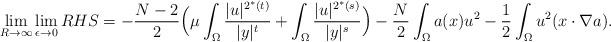
LaTeX: \begin{align*}\lim\limits_{R\rightarrow \infty}\lim\limits_{\epsilon\rightarrow 0}RHS=-\frac{N-2}{2}\Big(\mu \int_{\Omega}\frac{|u|^{2^{*}(t)}}{|y|^{t}}+\int_{\Omega}\frac{|u|^{2^{*}(s)}}{|y|^{s}}\Big)-\frac{N}{2}\int_{\Omega}a(x)u^2-\frac{1}{2}\int_{\Omega}u^2(x\cdot\nabla a).\end{align*}